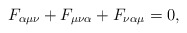
\begin{align*}F_{\alpha\mu\nu} + F_{\mu\nu\alpha} + F_{\nu\alpha\mu} = 0,\end{align*}